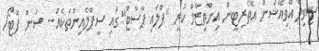
ސިވިލް އޭވިއޭޝަން އޮތޯރިޓީން އިންތިޒާމް ކުރި "ފްލައި ޕާސްޓް"ގައި ސީޕްލެއިންތަކެއް-- ސަން ފޮޓޯ/